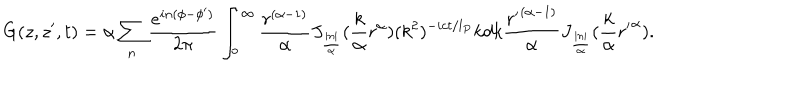
LaTeX: G ( z , z ^ { \prime } , t ) = \alpha \sum _ { n } \frac { e ^ { i n ( \phi - \phi ^ { \prime } ) } } { 2 \pi } \int _ { o } ^ { \infty } \frac { r ^ { ( \alpha - 1 ) } } { \alpha } J _ { \frac { | n | } { \alpha } } ( \frac { k } { \alpha } r ^ { \alpha } ) ( k ^ { 2 } ) ^ { - i c t / l _ { P } } k d k \frac { { r ^ { \prime } } ^ { ( \alpha - 1 ) } } { \alpha } J _ { \frac { | n | } { \alpha } } ( \frac { k } { \alpha } { r ^ { \prime } } ^ { \alpha } ) .